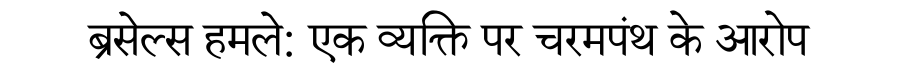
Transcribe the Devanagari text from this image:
ब्रसेल्स हमले: एक व्यक्ति पर चरमपंथ के आरोप